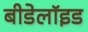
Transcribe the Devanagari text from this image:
बीडेलॉइड